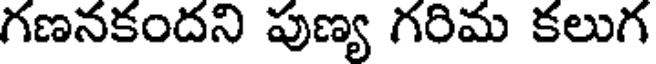
గణనకందని పుణ్య గరిమ కలుగ